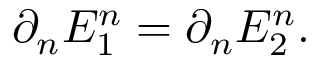
\partial _ { n } E _ { 1 } ^ { n } = \partial _ { n } E _ { 2 } ^ { n } .